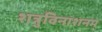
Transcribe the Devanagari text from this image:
शत्रुविनाशनम्